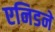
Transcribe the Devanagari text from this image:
एनिडने